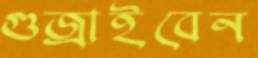
গুজ্‌রাইবেন